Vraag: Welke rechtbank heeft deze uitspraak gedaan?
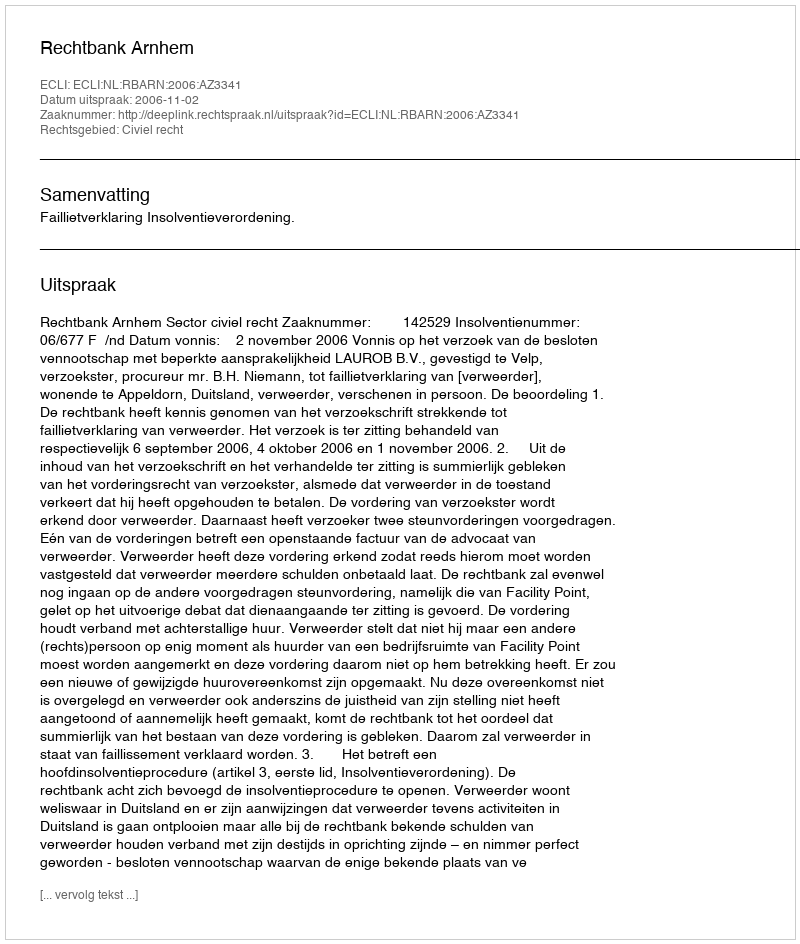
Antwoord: Rechtbank Arnhem